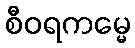
စီဝရကမ္မေ